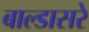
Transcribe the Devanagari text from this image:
बाल्डासरे